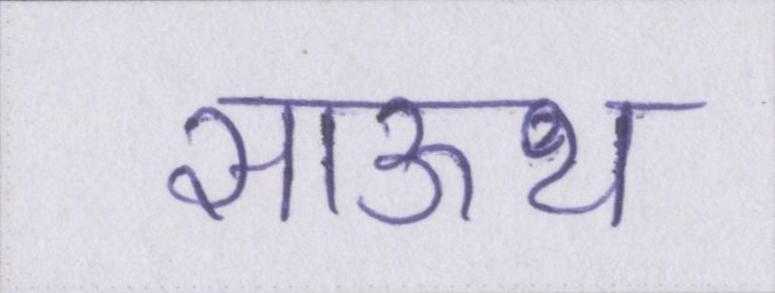
साऊथ